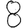
Digit: 8